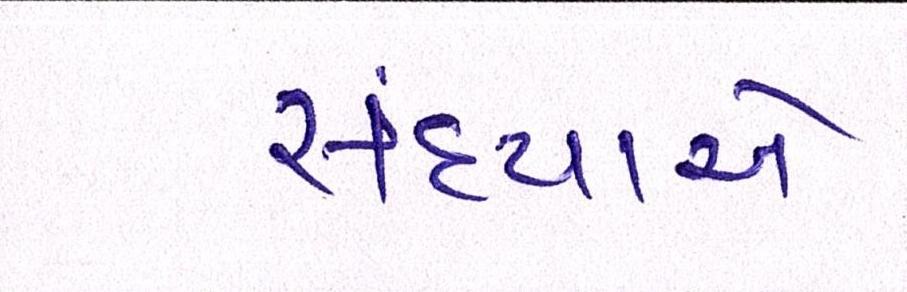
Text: સંધ્યાએ